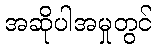
အဆိုပါအမှုတွင်